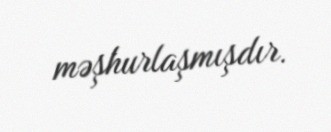
məşhurlaşmışdır.